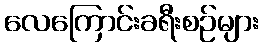
လေကြောင်းခရီးစဉ်များ